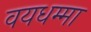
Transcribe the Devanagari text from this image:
वयधम्मा